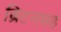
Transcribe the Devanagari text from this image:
ब्रिटनसह